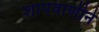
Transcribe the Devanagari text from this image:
शापवाणीने